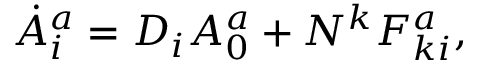
\dot { A } _ { i } ^ { a } = D _ { i } A _ { 0 } ^ { a } + N ^ { k } F _ { k i } ^ { a } ,